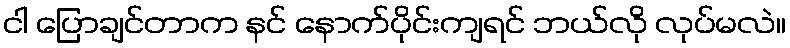
ငါ ပြောချင်တာက နင် နောက်ပိုင်းကျရင် ဘယ်လို လုပ်မလဲ။